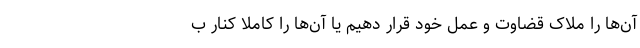
آن‌ها را ملاک قضاوت و عمل خود قرار دهیم یا آن‌ها را کاملاً کنار ب